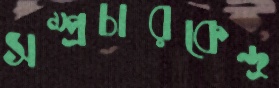
সম্প্রচারকেন্দ্র